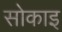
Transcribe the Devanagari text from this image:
सोकाइ